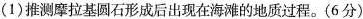
(1)推测摩拉基圆石形成后出现在海滩的地质过程。(6分)